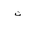
Letter: _ta